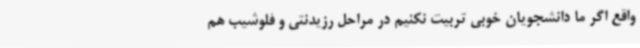
واقع اگر ما دانشجویان خوبی تربیت نکنیم در مراحل رزیدنتی و فلوشیب هم